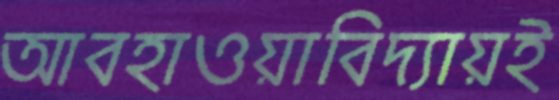
আবহাওয়াবিদ্যায়ই